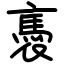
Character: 褭